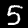
Label: 5